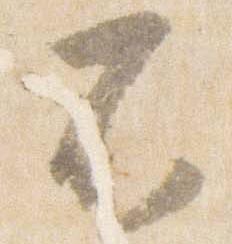
不